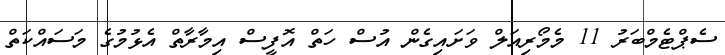
ސެޕްޓެމްބަރު 11 މެމޯރިއަލް ވަށައިގެން އުސް ހަތް އޮފީސް އިމާރާތް އެޅުމުގެ މަސައްކަތް